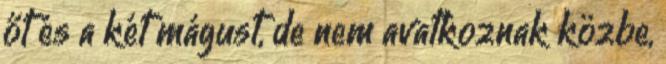
őt és a két mágust, de nem avatkoznak közbe,